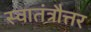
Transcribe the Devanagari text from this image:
स्वातंत्रौत्तर